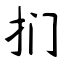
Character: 扪